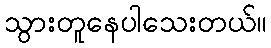
သွားတူနေပါသေးတယ်။